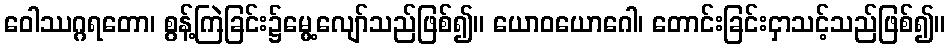
ဝေါဿဂ္ဂရတော၊ စွန့်ကြဲခြင်း၌မွေ့လျော်သည်ဖြစ်၍။ ယောဝယောဂေါ၊ တောင်းခြင်းငှာသင့်သည်ဖြစ်၍။